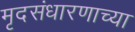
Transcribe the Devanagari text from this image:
मृदसंधारणाच्या